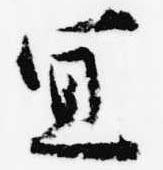
宣